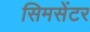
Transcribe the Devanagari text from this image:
सिमसेंटर